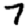
Digit: 7